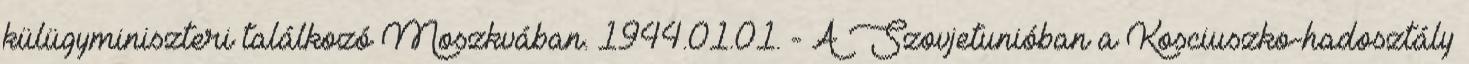
külügyminiszteri találkozó Moszkvában. 1944.01.01. - A Szovjetunióban a Kosciuszko-hadosztály